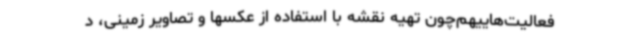
فعالیت‌هاییهم‌چون تهیه نقشه با استفاده از عکسها و تصاویر زمینی، د